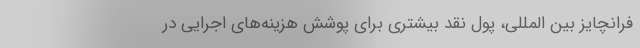
فرانچایز بین المللی، پول نقد بیشتری برای پوشش هزینه‌های اجرایی در